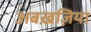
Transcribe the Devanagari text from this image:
अबख़ज़िया